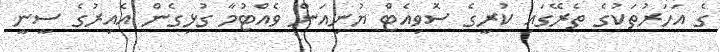
ގެ އަހަރުތަކުގެ ތެރޭގައި ކުރީގެ ސޮވިއެޓް ޔުނިއަން ވެއްޓުމާ ގުޅިގެން އެއިރުގެ ސީނީ